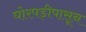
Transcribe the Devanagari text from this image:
घोरपड़ीपासून